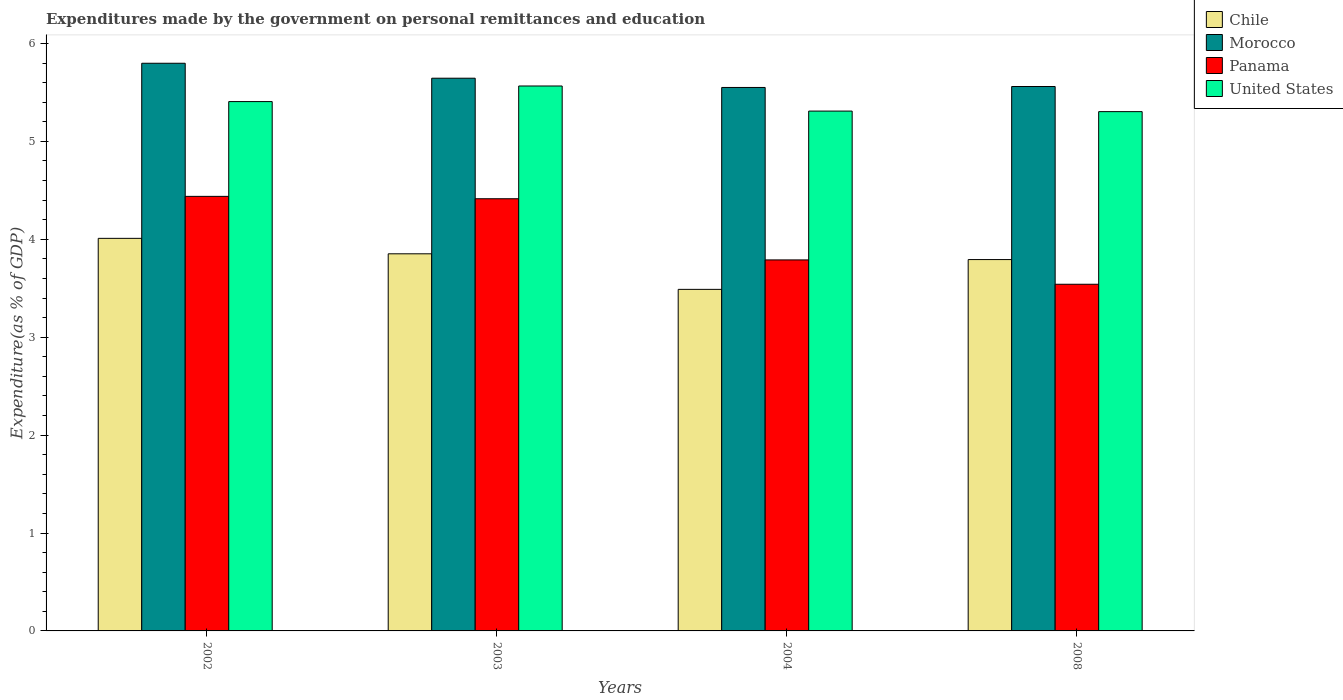
| Years | Chile | Morocco | Panama | United States |
 | --- | --- | --- | --- | --- |
 | 2002 | 4.01 | 5.8 | 4.44 | 5.41 |
 | 2003 | 3.85 | 5.64 | 4.41 | 5.57 |
 | 2004 | 3.49 | 5.55 | 3.79 | 5.31 |
 | 2008 | 3.79 | 5.56 | 3.54 | 5.3 |